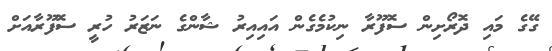
ގޭގެ މައި ދޮރޯށިން ސޮފޫރާ ނިކުމެގެން އައިއިރު ޝާންގެ ނަޒަރު ހުރީ ސޮފޫރާއަށް